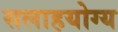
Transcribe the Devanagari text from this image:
सलाहयोग्य